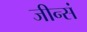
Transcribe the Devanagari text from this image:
जीन्सं